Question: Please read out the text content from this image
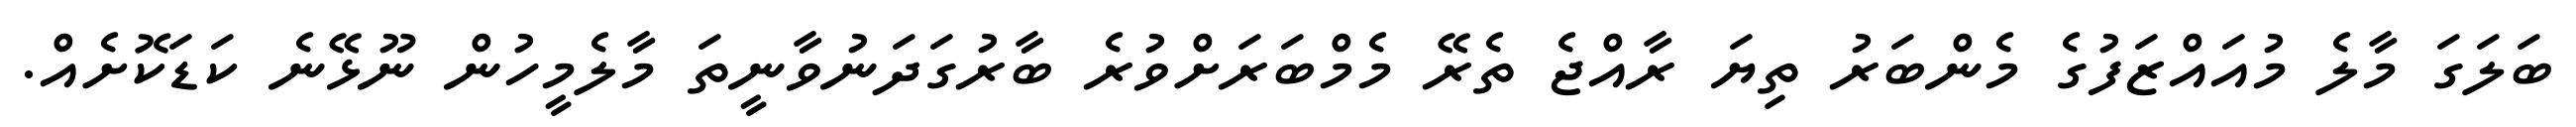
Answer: ބަލަގަ މާލެ މުއައްޒަފުގެ މެންބަރު ތިޔަ ރާއްޖެ ތެރޭ މެމްބަރަށްވުރެ ބާރުގަދަނުވާނީތަ މާލެމީހުން ނޫޅޭނެ ކަޑަކޮށެއް.